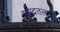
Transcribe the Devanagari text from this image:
समुद्रतलाभ